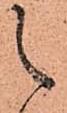
之